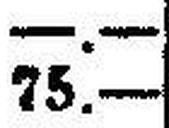
75.—